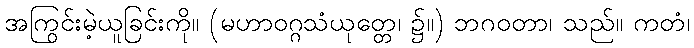
အကြွင်းမဲ့ယူခြင်းကို။ (မဟာဝဂ္ဂသံယုတ္တေ၊ ၌။) ဘဂဝတာ၊ သည်။ ကတံ၊